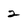
Character: 2